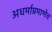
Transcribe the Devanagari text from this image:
अधर्माप्रमाणेच